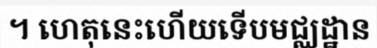
។ ហេតុនេះហើយទើបមជ្ឈដ្ឋាន